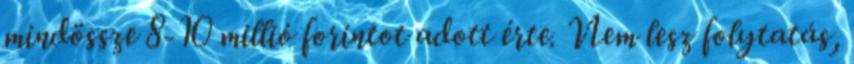
mindössze 8-10 millió forintot adott érte. Nem lesz folytatás,